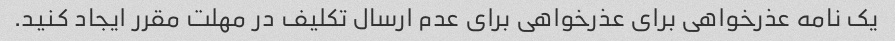
یک نامه عذرخواهی برای عذرخواهی برای عدم ارسال تکلیف در مهلت مقرر ایجاد کنید.